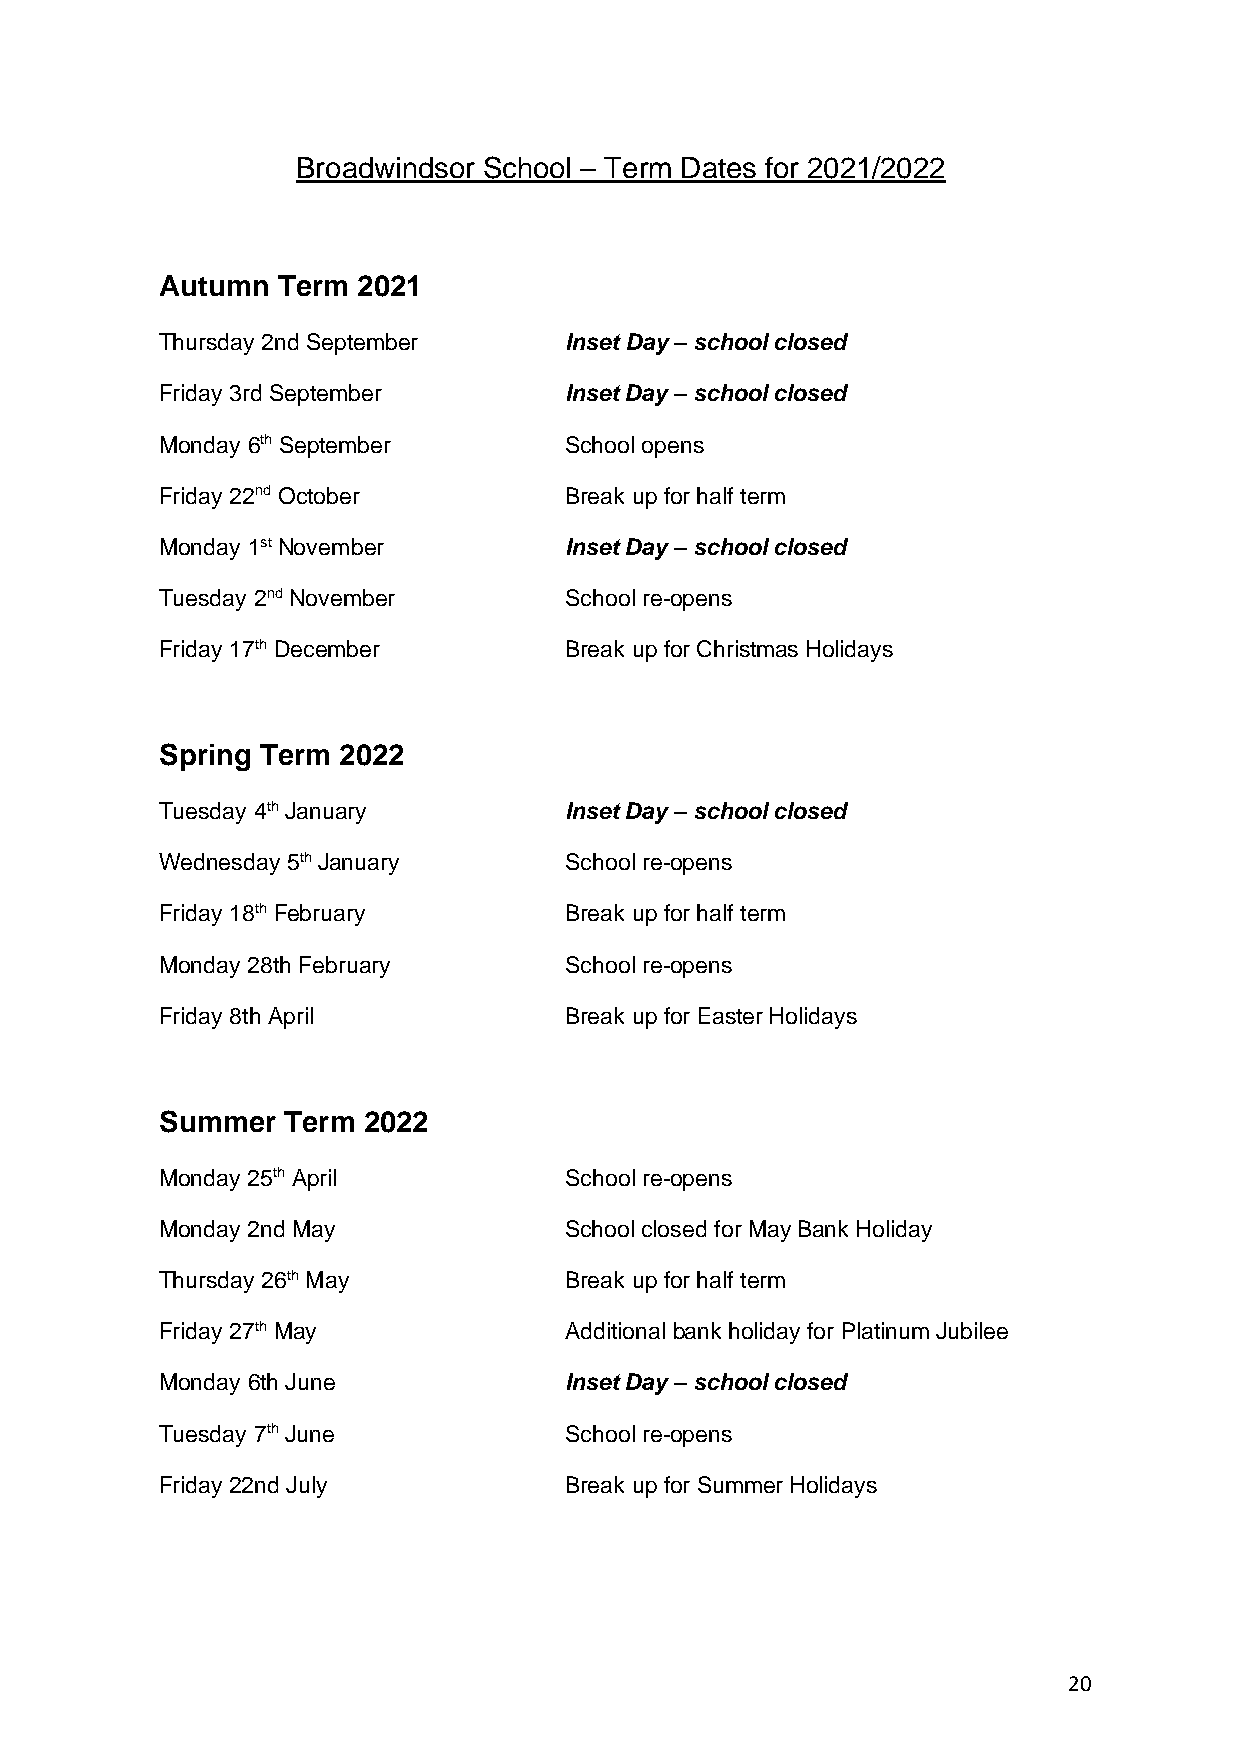
Broadwindsor School – Term Dates for 2021/2022
 Autumn Term  2021
 Thursday 2nd September    Inset Day – school closed
 Friday 3rd September      Inset Day – school closed
 Monday 6th September      School opens
 Friday 22nd October       Break up for half term
 Monday 1st November       Inset Day – school closed
 Tuesday 2nd November      School re-opens
 Friday 17th December      Break up for Christmas Holidays
 Spring Term 2022
 Tuesday 4th January       Inset Day – school closed
 Wednesday 5th January     School re-opens
 Friday 18th February      Break up for half term
 Monday 28th February      School re-opens
 Friday 8th April          Break up for Easter Holidays
 Summer  Term 2022
 Monday 25th April         School re-opens
 Monday 2nd May            School closed for May Bank Holiday
 Thursday 26th May         Break up for half term
 Friday 27th May           Additional bank holiday for Platinum Jubilee
 Monday 6th June           Inset Day – school closed
 Tuesday 7th June          School re-opens
 Friday 22nd July          B r e a k u p f o r S u m m e r H o li d a y s
 20